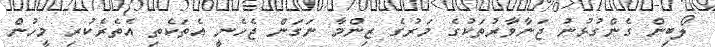
ލޯބިން ގެންގުޅުނު ޖަނާވާރުތަކުގެ މަރުގެ ޒިންމާ ނަގަން ޖެހެނީ އެތަކެތި އެތެރެކުރި މީހުން